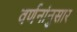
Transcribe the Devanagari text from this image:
वर्णनांनुसार